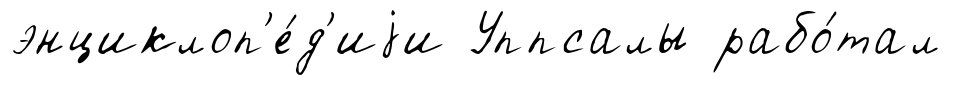
энциклоп'е́д'иjи Уппсалы рабо́тал